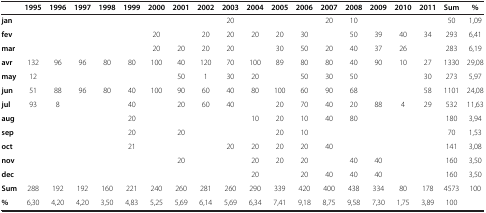
<table><thead><tr><td><b> </b></td><td><b>1995</b></td><td><b>1996</b></td><td><b>1997</b></td><td><b>1998</b></td><td><b>1999</b></td><td><b>2000</b></td><td><b>2001</b></td><td><b>2002</b></td><td><b>2003</b></td><td><b>2004</b></td><td><b>2005</b></td><td><b>2006</b></td><td><b>2007</b></td><td><b>2008</b></td><td><b>2009</b></td><td><b>2010</b></td><td><b>2011</b></td><td><b>Sum</b></td><td><b>%</b></td></tr></thead><tbody><tr><td><b>jan</b></td><td> </td><td> </td><td> </td><td> </td><td> </td><td> </td><td> </td><td> </td><td>20</td><td> </td><td> </td><td> </td><td>20</td><td>10</td><td> </td><td> </td><td> </td><td>50</td><td>1,09</td></tr><tr><td><b>fev</b></td><td> </td><td> </td><td> </td><td> </td><td> </td><td>20</td><td> </td><td>20</td><td>20</td><td>20</td><td>20</td><td>30</td><td> </td><td>50</td><td>39</td><td>40</td><td>34</td><td>293</td><td>6,41</td></tr><tr><td><b>mar</b></td><td> </td><td> </td><td> </td><td> </td><td> </td><td>20</td><td>20</td><td>20</td><td>20</td><td> </td><td>30</td><td>50</td><td>20</td><td>40</td><td>37</td><td>26</td><td> </td><td>283</td><td>6,19</td></tr><tr><td><b>avr</b></td><td>132</td><td>96</td><td>96</td><td>80</td><td>80</td><td>100</td><td>40</td><td>120</td><td>70</td><td>100</td><td>89</td><td>80</td><td>80</td><td>40</td><td>90</td><td>10</td><td>27</td><td>1330</td><td>29,08</td></tr><tr><td><b>may</b></td><td>12</td><td> </td><td> </td><td> </td><td> </td><td> </td><td>50</td><td>1</td><td>30</td><td>20</td><td> </td><td>50</td><td>30</td><td>50</td><td> </td><td> </td><td>30</td><td>273</td><td>5,97</td></tr><tr><td><b>jun</b></td><td>51</td><td>88</td><td>96</td><td>80</td><td>40</td><td>100</td><td>90</td><td>60</td><td>40</td><td>80</td><td>100</td><td>60</td><td>90</td><td>68</td><td> </td><td> </td><td>58</td><td>1101</td><td>24,08</td></tr><tr><td><b>jul</b></td><td>93</td><td>8</td><td> </td><td> </td><td>40</td><td> </td><td>20</td><td>60</td><td>40</td><td> </td><td>20</td><td>70</td><td>40</td><td>20</td><td>88</td><td>4</td><td>29</td><td>532</td><td>11,63</td></tr><tr><td><b>aug</b></td><td> </td><td> </td><td> </td><td> </td><td>20</td><td> </td><td> </td><td> </td><td> </td><td>10</td><td>20</td><td>10</td><td>40</td><td>80</td><td> </td><td> </td><td> </td><td>180</td><td>3,94</td></tr><tr><td><b>sep</b></td><td> </td><td> </td><td> </td><td> </td><td>20</td><td> </td><td>20</td><td> </td><td> </td><td> </td><td>20</td><td>10</td><td> </td><td> </td><td> </td><td> </td><td> </td><td>70</td><td>1,53</td></tr><tr><td><b>oct</b></td><td> </td><td> </td><td> </td><td> </td><td>21</td><td> </td><td> </td><td> </td><td>20</td><td>20</td><td>20</td><td>20</td><td>40</td><td> </td><td> </td><td> </td><td> </td><td>141</td><td>3,08</td></tr><tr><td><b>nov</b></td><td> </td><td> </td><td> </td><td> </td><td> </td><td> </td><td>20</td><td> </td><td> </td><td>20</td><td>20</td><td>20</td><td> </td><td>40</td><td>40</td><td> </td><td> </td><td>160</td><td>3,50</td></tr><tr><td><b>dec</b></td><td> </td><td> </td><td> </td><td> </td><td> </td><td> </td><td> </td><td> </td><td> </td><td>20</td><td> </td><td>20</td><td>40</td><td>40</td><td>40</td><td> </td><td> </td><td>160</td><td>3,50</td></tr><tr><td><b>Sum</b></td><td>288</td><td>192</td><td>192</td><td>160</td><td>221</td><td>240</td><td>260</td><td>281</td><td>260</td><td>290</td><td>339</td><td>420</td><td>400</td><td>438</td><td>334</td><td>80</td><td>178</td><td>4573</td><td>100</td></tr><tr><td><b>%</b></td><td>6,30</td><td>4,20</td><td>4,20</td><td>3,50</td><td>4,83</td><td>5,25</td><td>5,69</td><td>6,14</td><td>5,69</td><td>6,34</td><td>7,41</td><td>9,18</td><td>8,75</td><td>9,58</td><td>7,30</td><td>1,75</td><td>3,89</td><td>100</td><td> </td></tr></tbody></table>